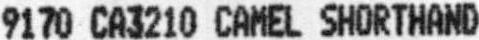
9170 CA3210 CAMEL SHORTHAND